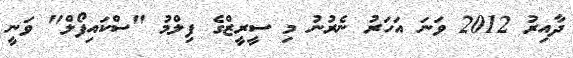
ދާއިރު 2012 ވަނަ އަހަރު ނެރުނު މި ސީރީޒްގެ ފިލްމު "ސްކައިފޯލް" ވަނީ